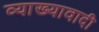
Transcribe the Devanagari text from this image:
व्याख्यावादी